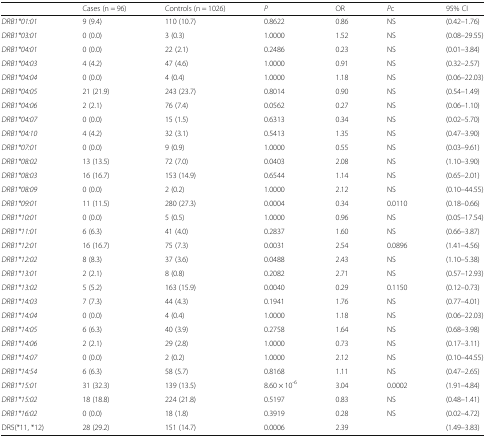
<table><thead><tr><td></td><td><b>Cases (n = 96)</b></td><td><b>Controls (n = 1026)</b></td><td><b><i>P</i></b></td><td><b>OR</b></td><td><b><i>P</i>c</b></td><td><b>95% CI</b></td></tr></thead><tbody><tr><td><i>DRB1*01:01</i></td><td>9 (9.4)</td><td>110 (10.7)</td><td>0.8622</td><td>0.86</td><td>NS</td><td>(0.42–1.76)</td></tr><tr><td><i>DRB1*03:01</i></td><td>0 (0.0)</td><td>3 (0.3)</td><td>1.0000</td><td>1.52</td><td>NS</td><td>(0.08–29.55)</td></tr><tr><td><i>DRB1*04:01</i></td><td>0 (0.0)</td><td>22 (2.1)</td><td>0.2486</td><td>0.23</td><td>NS</td><td>(0.01–3.84)</td></tr><tr><td><i>DRB1*04:03</i></td><td>4 (4.2)</td><td>47 (4.6)</td><td>1.0000</td><td>0.91</td><td>NS</td><td>(0.32–2.57)</td></tr><tr><td><i>DRB1*04:04</i></td><td>0 (0.0)</td><td>4 (0.4)</td><td>1.0000</td><td>1.18</td><td>NS</td><td>(0.06–22.03)</td></tr><tr><td><i>DRB1*04:05</i></td><td>21 (21.9)</td><td>243 (23.7)</td><td>0.8014</td><td>0.90</td><td>NS</td><td>(0.54–1.49)</td></tr><tr><td><i>DRB1*04:06</i></td><td>2 (2.1)</td><td>76 (7.4)</td><td>0.0562</td><td>0.27</td><td>NS</td><td>(0.06–1.10)</td></tr><tr><td><i>DRB1*04:07</i></td><td>0 (0.0)</td><td>15 (1.5)</td><td>0.6313</td><td>0.34</td><td>NS</td><td>(0.02–5.70)</td></tr><tr><td><i>DRB1*04:10</i></td><td>4 (4.2)</td><td>32 (3.1)</td><td>0.5413</td><td>1.35</td><td>NS</td><td>(0.47–3.90)</td></tr><tr><td><i>DRB1*07:01</i></td><td>0 (0.0)</td><td>9 (0.9)</td><td>1.0000</td><td>0.55</td><td>NS</td><td>(0.03–9.61)</td></tr><tr><td><i>DRB1*08:02</i></td><td>13 (13.5)</td><td>72 (7.0)</td><td>0.0403</td><td>2.08</td><td>NS</td><td>(1.10–3.90)</td></tr><tr><td><i>DRB1*08:03</i></td><td>16 (16.7)</td><td>153 (14.9)</td><td>0.6544</td><td>1.14</td><td>NS</td><td>(0.65–2.01)</td></tr><tr><td><i>DRB1*08:09</i></td><td>0 (0.0)</td><td>2 (0.2)</td><td>1.0000</td><td>2.12</td><td>NS</td><td>(0.10–44.55)</td></tr><tr><td><i>DRB1*09:01</i></td><td>11 (11.5)</td><td>280 (27.3)</td><td>0.0004</td><td>0.34</td><td>0.0110</td><td>(0.18–0.66)</td></tr><tr><td><i>DRB1*10:01</i></td><td>0 (0.0)</td><td>5 (0.5)</td><td>1.0000</td><td>0.96</td><td>NS</td><td>(0.05–17.54)</td></tr><tr><td><i>DRB1*11:01</i></td><td>6 (6.3)</td><td>41 (4.0)</td><td>0.2837</td><td>1.60</td><td>NS</td><td>(0.66–3.87)</td></tr><tr><td><i>DRB1*12:01</i></td><td>16 (16.7)</td><td>75 (7.3)</td><td>0.0031</td><td>2.54</td><td>0.0896</td><td>(1.41–4.56)</td></tr><tr><td><i>DRB1*12:02</i></td><td>8 (8.3)</td><td>37 (3.6)</td><td>0.0488</td><td>2.43</td><td>NS</td><td>(1.10–5.38)</td></tr><tr><td><i>DRB1*13:01</i></td><td>2 (2.1)</td><td>8 (0.8)</td><td>0.2082</td><td>2.71</td><td>NS</td><td>(0.57–12.93)</td></tr><tr><td><i>DRB1*13:02</i></td><td>5 (5.2)</td><td>163 (15.9)</td><td>0.0040</td><td>0.29</td><td>0.1150</td><td>(0.12–0.73)</td></tr><tr><td><i>DRB1*14:03</i></td><td>7 (7.3)</td><td>44 (4.3)</td><td>0.1941</td><td>1.76</td><td>NS</td><td>(0.77–4.01)</td></tr><tr><td><i>DRB1*14:04</i></td><td>0 (0.0)</td><td>4 (0.4)</td><td>1.0000</td><td>1.18</td><td>NS</td><td>(0.06–22.03)</td></tr><tr><td><i>DRB1*14:05</i></td><td>6 (6.3)</td><td>40 (3.9)</td><td>0.2758</td><td>1.64</td><td>NS</td><td>(0.68–3.98)</td></tr><tr><td><i>DRB1*14:06</i></td><td>2 (2.1)</td><td>29 (2.8)</td><td>1.0000</td><td>0.73</td><td>NS</td><td>(0.17–3.11)</td></tr><tr><td><i>DRB1*14:07</i></td><td>0 (0.0)</td><td>2 (0.2)</td><td>1.0000</td><td>2.12</td><td>NS</td><td>(0.10–44.55)</td></tr><tr><td><i>DRB1*14:54</i></td><td>6 (6.3)</td><td>58 (5.7)</td><td>0.8168</td><td>1.11</td><td>NS</td><td>(0.47–2.65)</td></tr><tr><td><i>DRB1*15:01</i></td><td>31 (32.3)</td><td>139 (13.5)</td><td>8.60 × 10<sup>-6</sup></td><td>3.04</td><td>0.0002</td><td>(1.91–4.84)</td></tr><tr><td><i>DRB1*15:02</i></td><td>18 (18.8)</td><td>224 (21.8)</td><td>0.5197</td><td>0.83</td><td>NS</td><td>(0.48–1.41)</td></tr><tr><td><i>DRB1*16:02</i></td><td>0 (0.0)</td><td>18 (1.8)</td><td>0.3919</td><td>0.28</td><td>NS</td><td>(0.02–4.72)</td></tr><tr><td>DR5(*11, *12)</td><td>28 (29.2)</td><td>151 (14.7)</td><td>0.0006</td><td>2.39</td><td></td><td>(1.49–3.83)</td></tr></tbody></table>